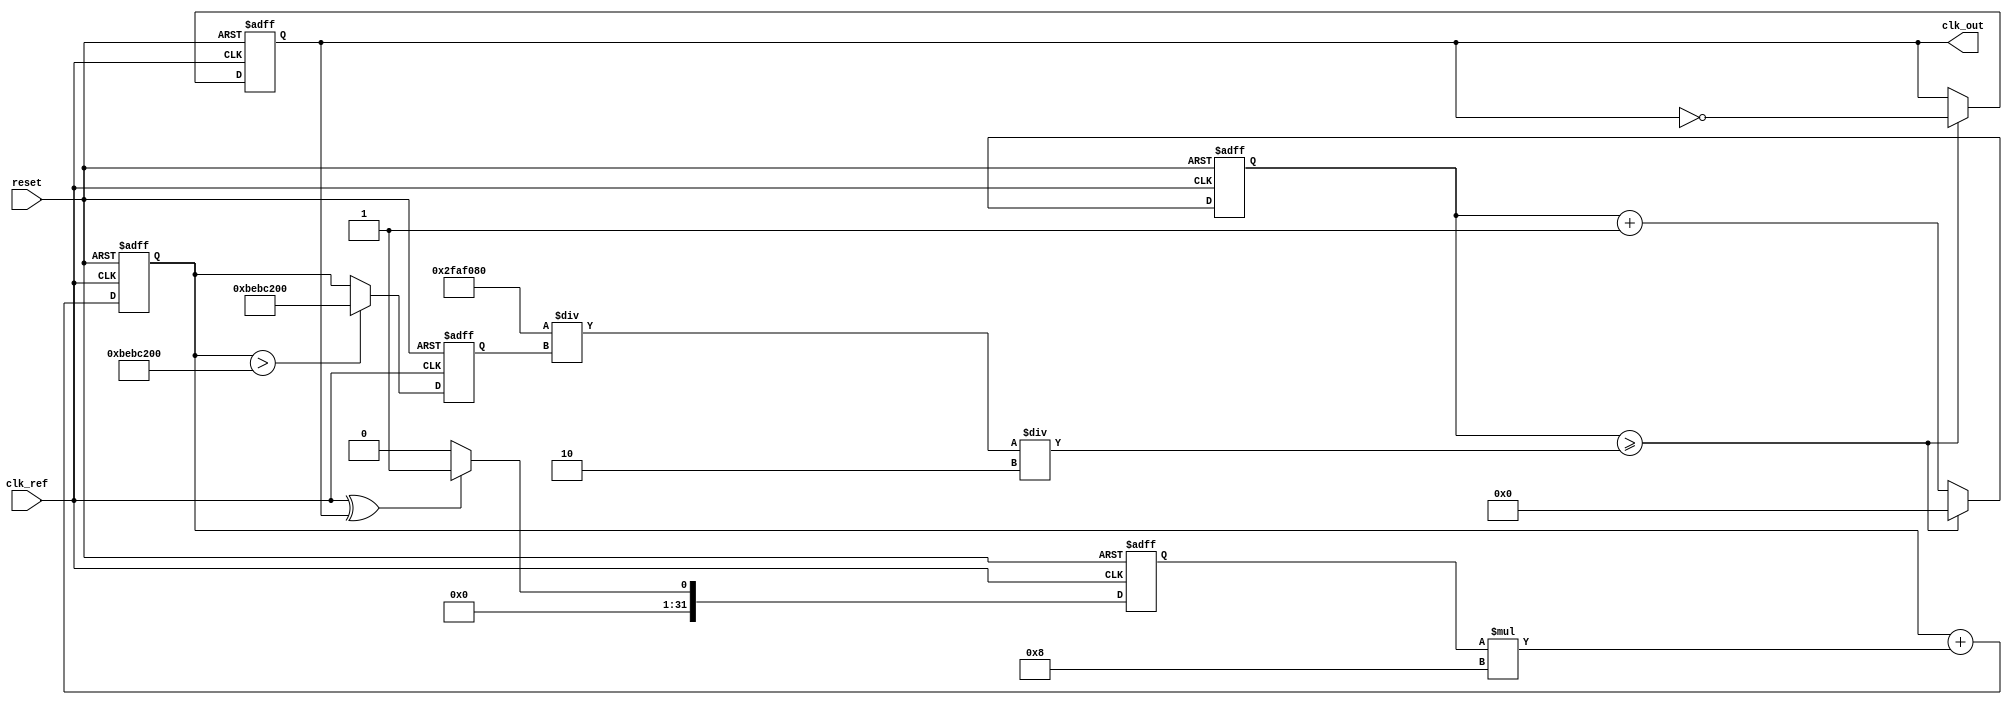
module parameterized_PLL #(
    parameter F_REF = 50_000_000, // Reference frequency in Hz
    parameter F_OUT = 100_000_000, // Desired output frequency in Hz
    parameter N = F_OUT / F_REF, // Division ratio
    parameter LOOP_FILTER_GAIN = 8, // Loop filter gain
    parameter VCO_MAX_FREQ = 200_000_000 // Maximum VCO frequency
)(
    input wire clk_ref, // Reference clock input
    input wire reset, // Reset signal
    output reg clk_out // Output clock
);

    // Internal signals
    reg [31:0] phase_error; // Phase error signal
    reg [31:0] control_voltage; // Control voltage for VCO
    reg [31:0] vco_freq; // Current frequency of VCO
    reg [31:0] counter; // Counter for output clock generation
    reg [31:0] divider_count; // Divider count for feedback

    // Phase Detector (PD)
    always @(posedge clk_ref or posedge reset) begin
        if (reset) begin
            phase_error <= 0;
        end else begin
            // Simple XOR phase detector
            phase_error <= (clk_ref ^ clk_out) ? 1 : 0;
        end
    end

    // Loop Filter (LF)
    always @(posedge clk_ref or posedge reset) begin
        if (reset) begin
            control_voltage <= 0;
        end else begin
            // Simple proportional loop filter
            control_voltage <= control_voltage + (phase_error * LOOP_FILTER_GAIN);
        end
    end

    // Voltage-Controlled Oscillator (VCO)
    always @(posedge clk_ref or posedge reset) begin
        if (reset) begin
            vco_freq <= F_REF; // Start at reference frequency
        end else begin
            // Adjust VCO frequency based on control voltage
            vco_freq <= (control_voltage > VCO_MAX_FREQ) ? VCO_MAX_FREQ : control_voltage;
        end
    end

    // Output Clock Generation and Divider
    always @(posedge clk_ref or posedge reset) begin
        if (reset) begin
            counter <= 0;
            clk_out <= 0;
            divider_count <= 0;
        end else begin
            // Generate output clock based on VCO frequency
            if (counter >= (F_REF / vco_freq) / 2) begin
                clk_out <= ~clk_out; // Toggle output clock
                counter <= 0;
                divider_count <= (divider_count + 1) % N; // Divider logic
            end else begin
                counter <= counter + 1;
            end
        end
    end

endmodule